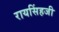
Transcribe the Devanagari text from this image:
रायसिंहजी